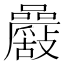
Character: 𡅾